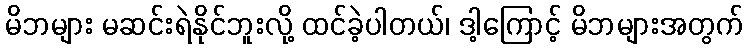
မိဘများ မဆင်းရဲနိုင်ဘူးလို့ ထင်ခဲ့ပါတယ်၊ ဒါ့ကြောင့် မိဘများအတွက်